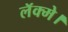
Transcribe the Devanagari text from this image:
लॅक्मे।